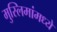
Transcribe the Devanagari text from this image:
मुस्लिमांमध्ये